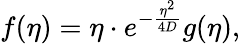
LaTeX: f(\eta)=\eta\cdot e^{-\frac{\eta^{2}}{4D}}g(\eta),